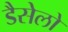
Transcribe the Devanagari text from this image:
डैसेलो